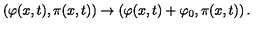
\left( \varphi ( x , t ) , \pi ( x , t ) \right) \to \left( \varphi ( x , t ) + \varphi _ { 0 } , \pi ( x , t ) \right) .